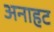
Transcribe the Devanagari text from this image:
अनाहट